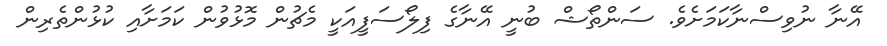
އޭނާ ނުވިސްނާކަމަށެވެ. ސަންތޯޝް ބުނީ އޭނާގެ ފިލޯސަފީއަކީ މެޗުން މޮޅުވުން ކަމަށާއި ކުޅުންތެރިން